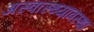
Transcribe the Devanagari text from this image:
अस्वास्थ्यावस्था